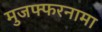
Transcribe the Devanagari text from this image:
मुजफ्फरनामा